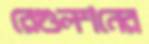
রেগুলশনের